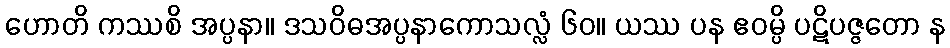
ဟောတိ ကဿစိ အပ္ပနာ။ ဒသဝိဓအပ္ပနာကောသလ္လံ ၆၀။ ယဿ ပန ဧဝမ္ပိ ပဋိပဇ္ဇတော န